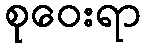
စုဝေးရာ